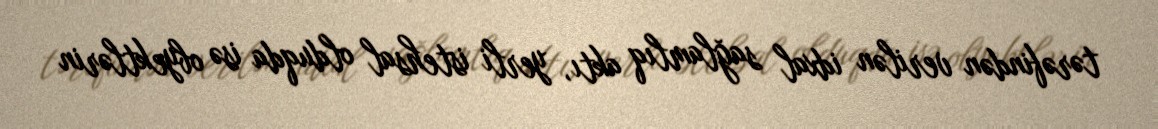
tərəfindən verilən idxal sağlamlıq aktı, yerli istehsal olduqda isə obyektlərin